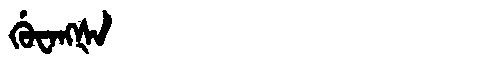
Manchu: ᡤᡠᠸᠠᠩᡧᠠ
Romanization: GUWANGŠA